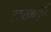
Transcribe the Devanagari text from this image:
एकसभागृही